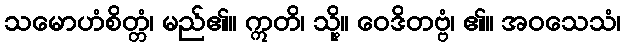
သမောဟံစိတ္တံ၊ မည်၏။ ဣတိ၊ သို့။ ဝေဒိတဗ္ဗံ၊ ၏။ အဝသေသံ၊